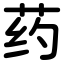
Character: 药